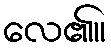
လေ၏။